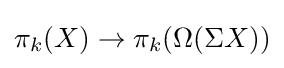
\pi _{k}(X)\to \pi _{k}(\Omega (\Sigma X))